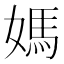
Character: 媽